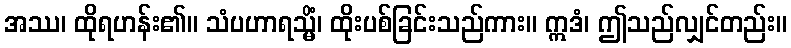
အဿ၊ ထိုရဟန်း၏။ သံပဟာရသ္မိံ၊ ထိုးပစ်ခြင်းသည်ကား။ ဣဒံ၊ ဤသည်လျှင်တည်း။